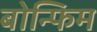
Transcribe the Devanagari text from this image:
बोन्फिम